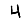
Digit: 4